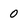
Character: 0